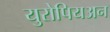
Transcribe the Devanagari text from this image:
युरोपियअन